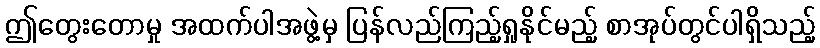
ဤတွေးတောမှု အထက်ပါအဖွဲ့မှ ပြန်လည်ကြည့်ရှုနိုင်မည့် စာအုပ်တွင်ပါရှိသည့်